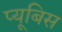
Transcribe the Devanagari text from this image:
प्यूबिस